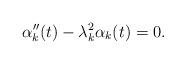
LaTeX: \begin{align*}\alpha''_k(t) - \lambda_k^2 \alpha_k(t)=0.\end{align*}